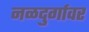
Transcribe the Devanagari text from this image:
नळदुर्गावर